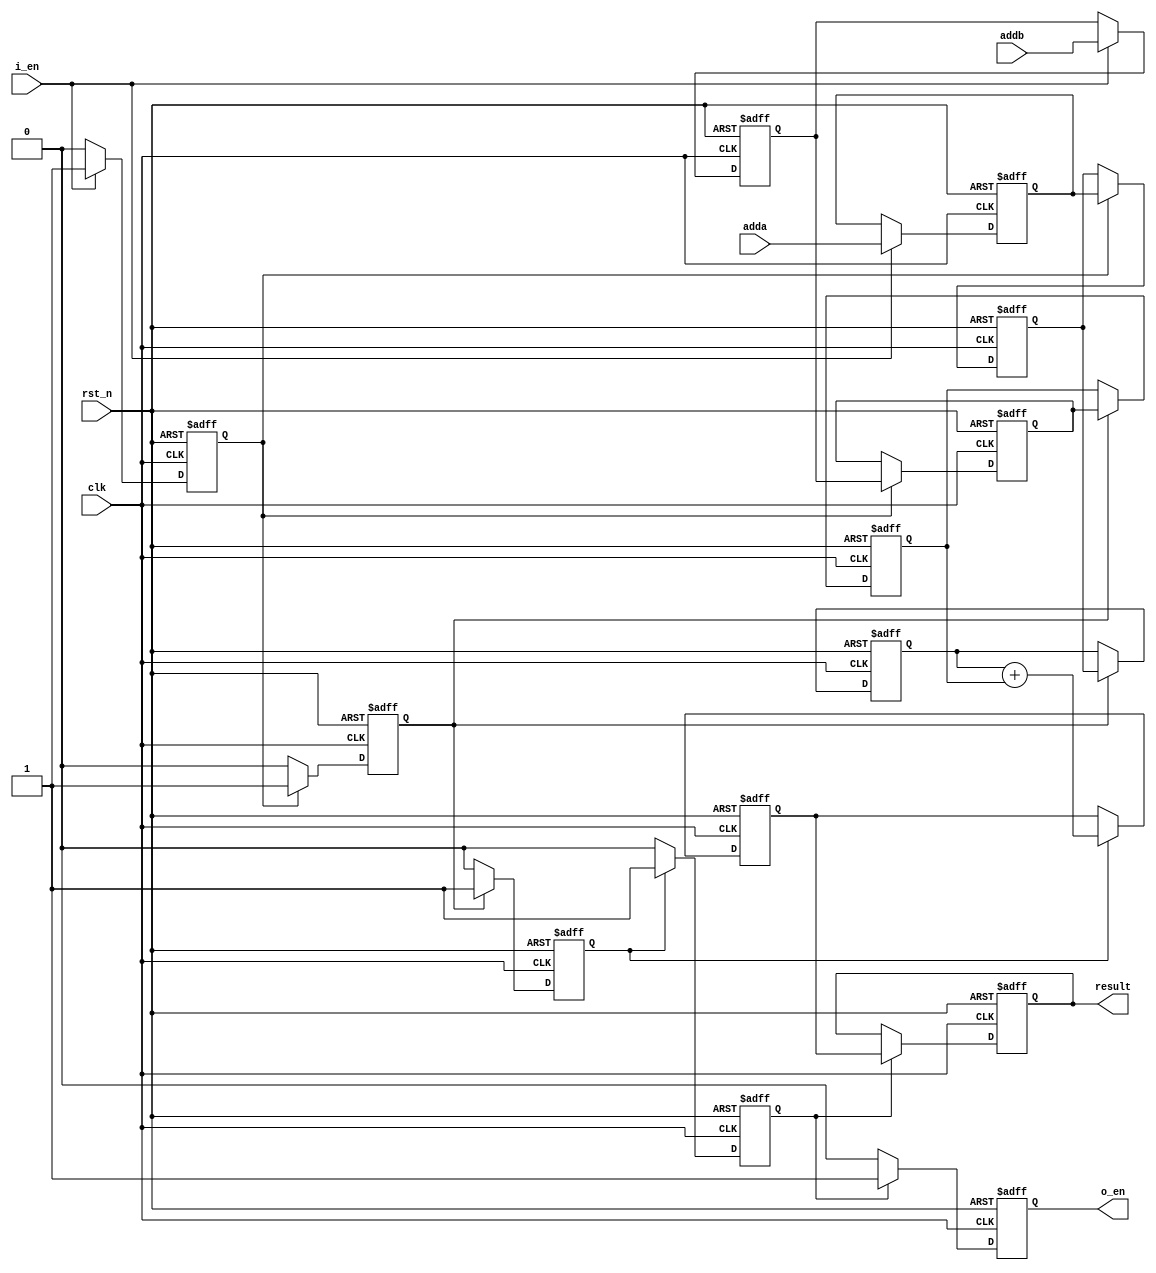
module adder_pipe_64bit(
    input clk,
    input rst_n,
    input i_en,
    input [63:0] adda,
    input [63:0] addb,
    output reg [64:0] result,
    output reg o_en
);

    // Define the pipeline stages registers
    reg [63:0] stage0_adda, stage0_addb;
    reg [63:0] stage1_adda, stage1_addb;
    reg [63:0] stage2_adda, stage2_addb;
    reg [64:0] stage3_sum;
    
    // Define the enable signals for each stage
    reg stage0_en, stage1_en, stage2_en, stage3_en;
    
    always @(posedge clk or negedge rst_n) begin
        if (!rst_n) begin
            // Reset all pipeline registers and enable signals
            {stage0_adda, stage0_addb, stage1_adda, stage1_addb, stage2_adda, stage2_addb, stage3_sum} <= 0;
            {stage0_en, stage1_en, stage2_en, stage3_en, o_en} <= 0;
            result <= 0;
        end else begin
            // Pipeline stage 0 (input latching)
            if (i_en) begin
                stage0_adda <= adda;
                stage0_addb <= addb;
                stage0_en <= 1'b1;
            end else begin
                stage0_en <= 1'b0;
            end
            
            // Pipeline stage 1 (propagation stage)
            if (stage0_en) begin
                stage1_adda <= stage0_adda;
                stage1_addb <= stage0_addb;
                stage1_en <= 1'b1;
            end else begin
                stage1_en <= 1'b0;
            end
            
            // Pipeline stage 2 (propagation stage)
            if (stage1_en) begin
                stage2_adda <= stage1_adda;
                stage2_addb <= stage1_addb;
                stage2_en <= 1'b1;
            end else begin
                stage2_en <= 1'b0;
            end
            
            // Pipeline stage 3 (addition stage)
            if (stage2_en) begin
                stage3_sum <= stage2_adda + stage2_addb;
                stage3_en <= 1'b1;
            end else begin
                stage3_en <= 1'b0;
            end
            
            // Output result
            if (stage3_en) begin
                result <= stage3_sum;
                o_en <= 1'b1;
            end else begin
                o_en <= 1'b0;
            end
        end
    end

endmodule